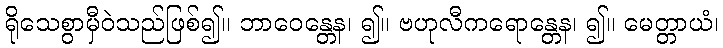
ရိုသေစွာမှီဝဲသည်ဖြစ်၍။ ဘာဝေန္တေန၊ ၍။ ဗဟုလီကရောန္တေန၊ ၍။ မေတ္တာယံ၊